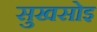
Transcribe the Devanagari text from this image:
सुखसोइ